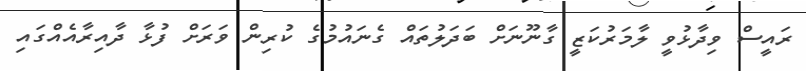
ރައީސް ވިދާޅުވީ ލާމަރުކަޒީ ގާނޫނަށް ބަދަލުތައް ގެނައުމުގެ ކުރިން ވަރަށް ފުޅާ ދާއިރާއެއްގައި